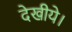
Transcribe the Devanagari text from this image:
देखीये।